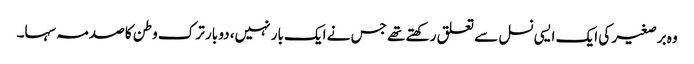
وہ برصغیر کی ایک ایسی نسل سے تعلق رکھتے تھے جس نے ایک بار نہیں، دو بار ترک وطن کا صدمہ سہا۔